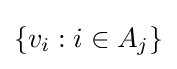
\{v_{i}:i\in A_{j}\}